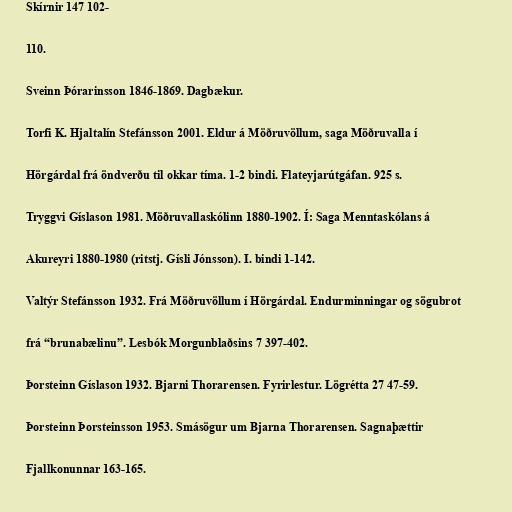
Skírnir 147 102-

110.

Sveinn Þórarinsson 1846-1869. Dagbækur.

Torfi K. Hjaltalín Stefánsson 2001. Eldur á Möðruvöllum, saga Möðruvalla í

Hörgárdal frá öndverðu til okkar tíma. 1-2 bindi. Flateyjarútgáfan. 925 s.

Tryggvi Gíslason 1981. Möðruvallaskólinn 1880-1902. Í: Saga Menntaskólans á

Akureyri 1880-1980 (ritstj. Gísli Jónsson). I. bindi 1-142.

Valtýr Stefánsson 1932. Frá Möðruvöllum í Hörgárdal. Endurminningar og sögubrot

frá “brunabælinu”. Lesbók Morgunblaðsins 7 397-402.

Þorsteinn Gíslason 1932. Bjarni Thorarensen. Fyrirlestur. Lögrétta 27 47-59.

Þorsteinn Þorsteinsson 1953. Smásögur um Bjarna Thorarensen. Sagnaþættir

Fjallkonunnar 163-165.